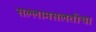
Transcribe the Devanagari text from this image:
सल्लामसलतीचा